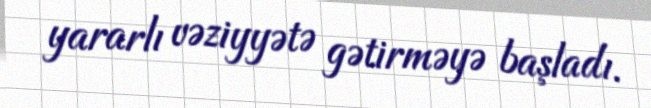
yararlı vəziyyətə gətirməyə başladı.